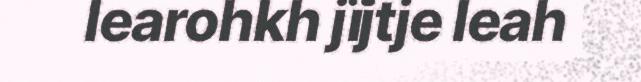
learohkh jïjtje leah